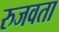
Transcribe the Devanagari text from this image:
रुजवता